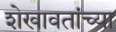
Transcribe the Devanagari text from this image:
शेखावतांच्या